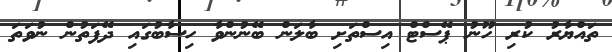
ތައްޔާރު ކުރި ހޫނު ޕޭސްޓް އިސްތަށި ބާލަން ބޭނުންވާ ހިސާބުގައި ދޭފަތުން ނުވަތަ